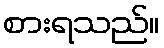
စားရသည်။